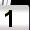
Digit: 1